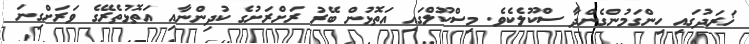
ޚަރަދުގައި ހިންގަމުންގެންދާ ސްކޫލެކެވެ. މިސްކޫލްގައި އަތޮޅުން ބޭރު ރަށްރަށުގެ ކުދިންނާއި އަތޮޅުތެރޭގެ ވަރަށްގިނަ